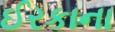
ઈરકાના